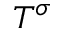
T ^ { \sigma }